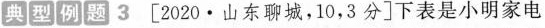
典型例题3 [2020·山东聊城，10，3分]下表是小明家电